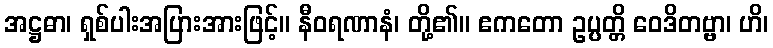
အဋ္ဌဓာ၊ ရှစ်ပါးအပြားအားဖြင့်။ နီဝရဏာနံ၊ တို့၏။ ဧကတော ဥပ္ပတ္တိ ဝေဒိတဗ္ဗာ၊ ဟိ၊